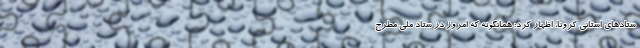
ستادهای استانی کرونا، اظهار کرد: همانگونه که امروز در ستاد ملی مطرح